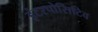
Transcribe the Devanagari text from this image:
इंटरपोसिटिव